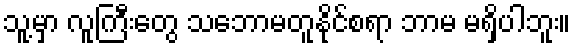
သူ့မှာ လူကြီးတွေ သဘောမတူနိုင်စရာ ဘာမ မရှိပါဘူး။